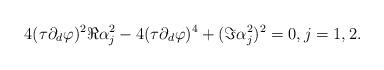
LaTeX: \begin{align*} 4 (\tau \partial_d\varphi)^2 \Re \alpha_j^2-4 (\tau \partial_d\varphi)^4+(\Im \alpha_j^2)^2 =0,j=1,2.\end{align*}